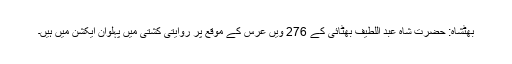
بھٹشاہ: حضرت شاہ عبد اللطیف بھٹائی کے 276 ویں عرس کے موقع پر روایتی کشتی میں پہلوان ایکشن میں ہیں۔